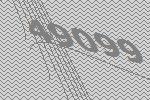
49099